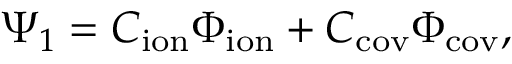
\Psi _ { 1 } = C _ { \mathrm { i o n } } \Phi _ { \mathrm { i o n } } + C _ { \mathrm { c o v } } \Phi _ { \mathrm { c o v } } ,